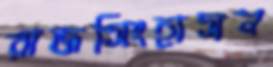
রাজসিংহাসন